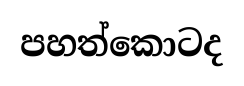
පහත්කොටද